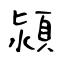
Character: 潁